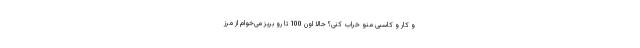
و کار و کاسبی منو خراب کنی؟ حالا اون 100 تا رو بریز می­خوام از مرز